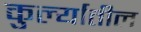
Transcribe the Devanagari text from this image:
कुर्ल्यातील